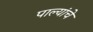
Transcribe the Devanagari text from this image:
पाल्यांचे